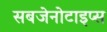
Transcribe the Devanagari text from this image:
सबजेनोटाइप्स